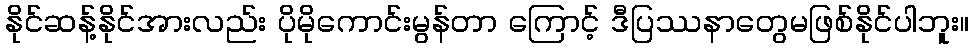
နိုင်ဆန့်နိုင်အားလည်း ပိုမိုကောင်းမွန်တာ ကြောင့် ဒီပြဿနာတွေမဖြစ်နိုင်ပါဘူး။